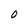
Character: 0